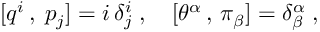
[ q ^ { i } \, , \; p _ { j } ] = i \, \delta _ { j } ^ { i } \; , \quad [ \theta ^ { \alpha } \, , \, \pi _ { \beta } ] = \delta _ { \beta } ^ { \alpha } \; ,